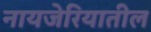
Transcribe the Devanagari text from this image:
नायजेरियातील